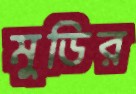
মুডির